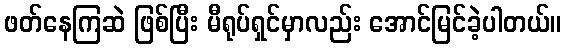
ဖတ်နေကြဆဲ ဖြစ်ပြီး မီရုပ်ရှင်မှာလည်း အောင်မြင်ခဲ့ပါတယ်။